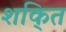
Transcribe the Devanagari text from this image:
शकि्त